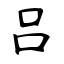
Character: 吕